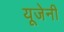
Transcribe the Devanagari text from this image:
यूजेनी